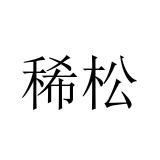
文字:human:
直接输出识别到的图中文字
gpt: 稀松